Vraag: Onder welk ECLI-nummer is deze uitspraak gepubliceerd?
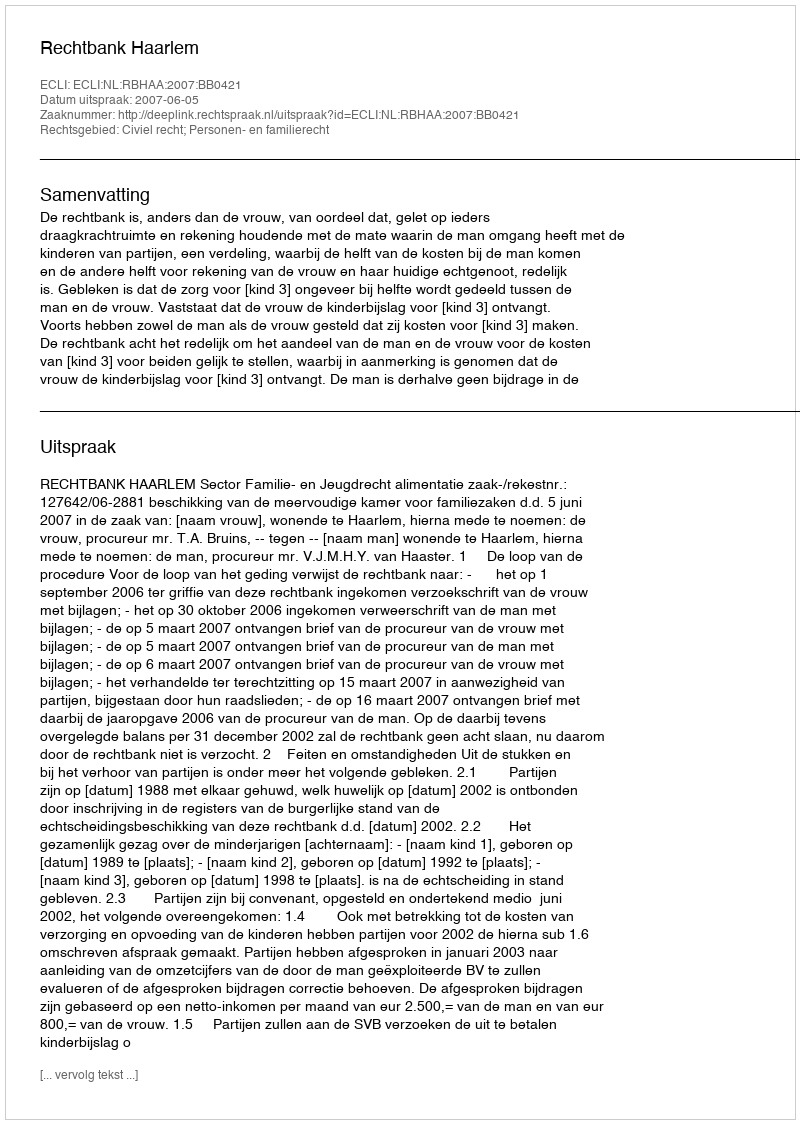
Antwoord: ECLI:NL:RBHAA:2007:BB0421